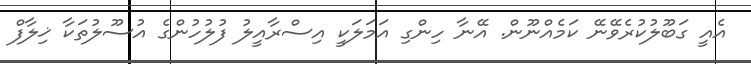
އެއީ ގަބޫލުކުރެވޭނޭ ކަމެއްނޫން. އޭނާ ހިންގި އަމަލަކީ އިސްރާއީލު ފުލުހުންގެ އުސޫލުތަކާ ޚިލާފް